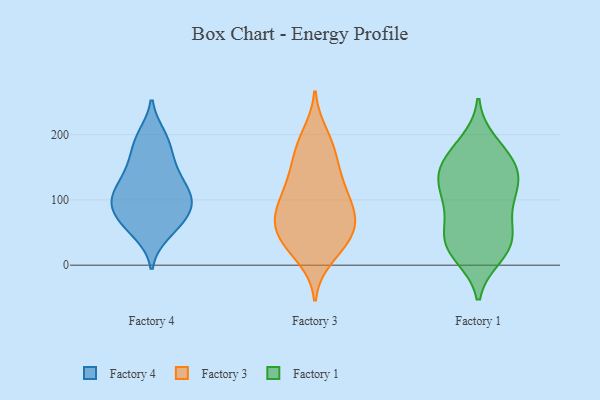
{"axis": {"x": "Bounce Rate (%)", "y": "Value"}, "legend": ["Factory 1", "Factory 3", "Factory 4"], "data": [{"x": "", "y": 49, "type": "Factory 4"}, {"x": "", "y": 69, "type": "Factory 4"}, {"x": "", "y": 160, "type": "Factory 4"}, {"x": "", "y": 95, "type": "Factory 4"}, {"x": "", "y": 187, "type": "Factory 4"}, {"x": "", "y": 148, "type": "Factory 4"}, {"x": "", "y": 148, "type": "Factory 4"}, {"x": "", "y": 94, "type": "Factory 4"}, {"x": "", "y": 94, "type": "Factory 4"}, {"x": "", "y": 58, "type": "Factory 4"}, {"x": "", "y": 198, "type": "Factory 4"}, {"x": "", "y": 106, "type": "Factory 4"}, {"x": "", "y": 94, "type": "Factory 4"}, {"x": "", "y": 81, "type": "Factory 4"}, {"x": "", "y": 112, "type": "Factory 4"}, {"x": "", "y": 123, "type": "Factory 4"}, {"x": "", "y": 59, "type": "Factory 4"}, {"x": "", "y": 194, "type": "Factory 4"}, {"x": "", "y": 125, "type": "Factory 4"}, {"x": "", "y": 84, "type": "Factory 3"}, {"x": "", "y": 109, "type": "Factory 3"}, {"x": "", "y": 46, "type": "Factory 3"}, {"x": "", "y": 79, "type": "Factory 3"}, {"x": "", "y": 36, "type": "Factory 3"}, {"x": "", "y": 140, "type": "Factory 3"}, {"x": "", "y": 45, "type": "Factory 3"}, {"x": "", "y": 155, "type": "Factory 3"}, {"x": "", "y": 186, "type": "Factory 3"}, {"x": "", "y": 83, "type": "Factory 3"}, {"x": "", "y": 114, "type": "Factory 3"}, {"x": "", "y": 49, "type": "Factory 3"}, {"x": "", "y": 200, "type": "Factory 3"}, {"x": "", "y": 175, "type": "Factory 3"}, {"x": "", "y": 77, "type": "Factory 3"}, {"x": "", "y": 12, "type": "Factory 3"}, {"x": "", "y": 125, "type": "Factory 3"}, {"x": "", "y": 25, "type": "Factory 3"}, {"x": "", "y": 67, "type": "Factory 3"}, {"x": "", "y": 15, "type": "Factory 1"}, {"x": "", "y": 172, "type": "Factory 1"}, {"x": "", "y": 29, "type": "Factory 1"}, {"x": "", "y": 40, "type": "Factory 1"}, {"x": "", "y": 59, "type": "Factory 1"}, {"x": "", "y": 90, "type": "Factory 1"}, {"x": "", "y": 187, "type": "Factory 1"}, {"x": "", "y": 60, "type": "Factory 1"}, {"x": "", "y": 23, "type": "Factory 1"}, {"x": "", "y": 131, "type": "Factory 1"}, {"x": "", "y": 98, "type": "Factory 1"}, {"x": "", "y": 113, "type": "Factory 1"}, {"x": "", "y": 127, "type": "Factory 1"}, {"x": "", "y": 128, "type": "Factory 1"}, {"x": "", "y": 146, "type": "Factory 1"}, {"x": "", "y": 27, "type": "Factory 1"}, {"x": "", "y": 166, "type": "Factory 1"}, {"x": "", "y": 153, "type": "Factory 1"}]}